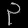
Digit: ၃